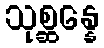
သုစ္ဆန္နေ